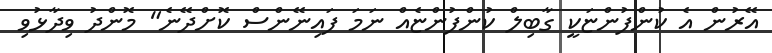
އޭރުން އެ ކުންފުންޏަކީ ގާބިލް ކުންފުންޏެއް ނަމަ ފައިނޭންސް ކޮށްދޭނެ" މޮންދު ވިދާޅުވި